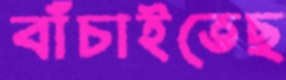
বাঁচাইতেছ